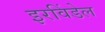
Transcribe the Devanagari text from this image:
इरविंडेल